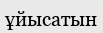
ұйысатын